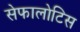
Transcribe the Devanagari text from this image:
सेफालोटिस